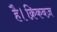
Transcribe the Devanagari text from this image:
है।क्रिकबज़